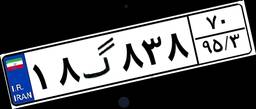
۰۰گ۱۱۹۲۷